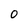
Character: O